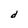
Character: d